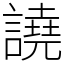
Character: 譊